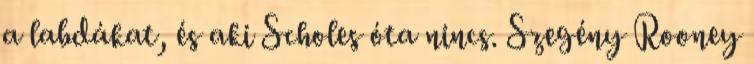
a labdákat, és aki Scholes óta nincs. Szegény Rooney